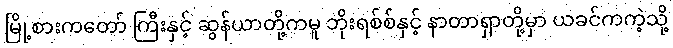
မြို့စားကတော် ကြီးနှင့် ဆွန်ယာတို့ကမူ ဘိုးရစ်စ်နှင့် နာတာရှာတို့မှာ ယခင်ကကဲ့သို့